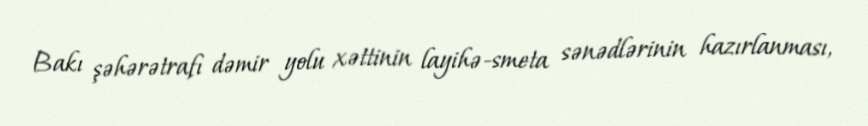
Bakı şəhərətrafı dəmir yolu xəttinin layihə-smeta sənədlərinin hazırlanması,